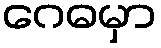
ဂေဓမှာ